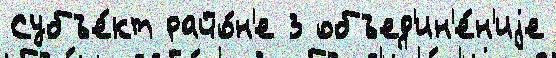
Субъе́кт райо́н'е 3 объед'ин'е́н'иjе